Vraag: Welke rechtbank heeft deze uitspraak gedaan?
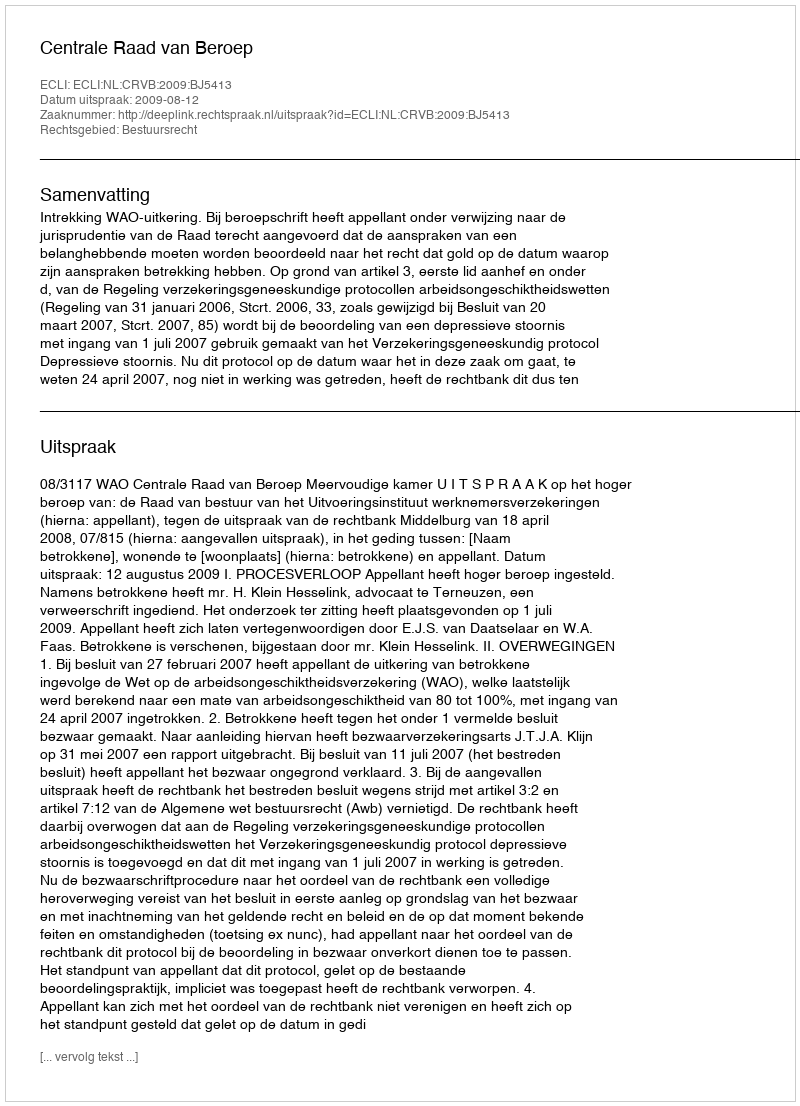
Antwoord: Centrale Raad van Beroep